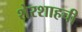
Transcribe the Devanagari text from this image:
शेरशाहची